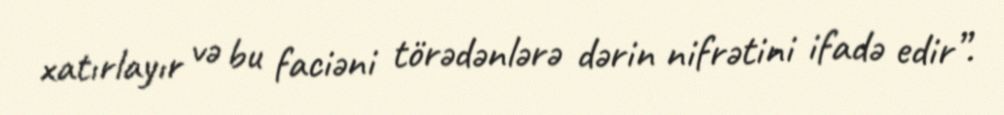
xatırlayır və bu faciəni törədənlərə dərin nifrətini ifadə edir”.